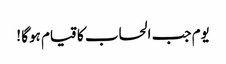
یوم جب الحساب کا قیام ہوگا !